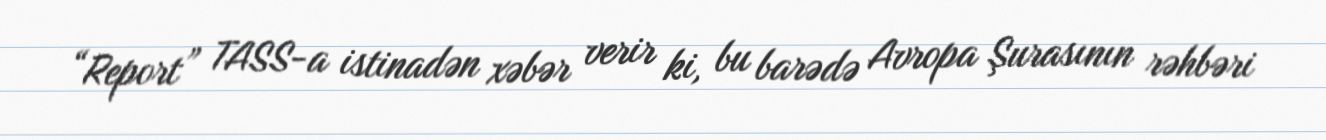
“Report” TASS-a istinadən xəbər verir ki, bu barədə Avropa Şurasının rəhbəri